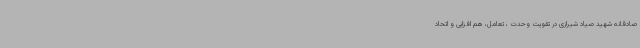
صادقانه شهید صیاد شیرازی در تقویت وحدت ، تعامل، هم افزایی و اتحاد